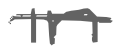
Text: in
Cross-out: single-line
Writing tool: digital_gray